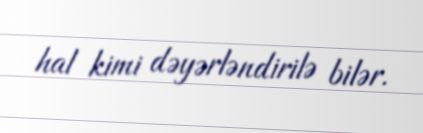
hal kimi dəyərləndirilə bilər.